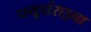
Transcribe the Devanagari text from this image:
प्ल्यूडोंराइना